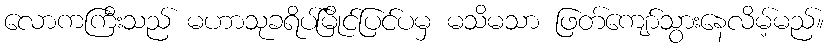
လောကကြီးသည် မဟာသုခရိပ်မြိုင်ပြင်ပမှ မသိမသာ ဖြတ်ကျော်သွားနေလိမ့်မည်။